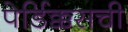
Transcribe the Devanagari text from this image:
पेर्डिक्कसची